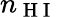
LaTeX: n_{\mathrm{~H~I~}}